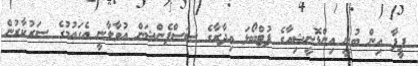
ފީފާ އިން ބުނީ އިންޑޮނީޝިއާގެ ފުޓްބޯޅަ އިދާރާގެ ސަސްޕެންޝަން އުވާލާނީ އެގައުމުގެ ސަރުކާރުން